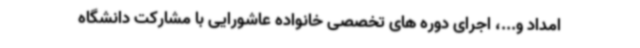
امداد و...، اجرای دوره های تخصصی خانواده عاشورایی با مشارکت دانشگاه